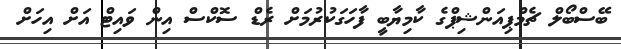
ބޭސްބޯލް ޗެމްޕިއަންޝިޕްގެ ކާމިޔާބީ ފާހަގަކުރުމަށް ރެޑް ސޮކްސް އިން ވައިޓް އަށް އިހަށް